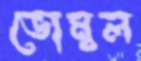
ভোম্বল